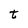
Character: t